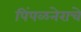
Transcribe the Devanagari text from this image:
पिंपळनेराचे